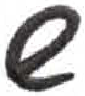
אות: ש